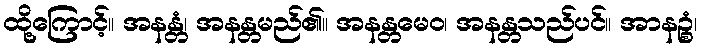
ထို့ကြောင့်။ အနန္တံ၊ အနန္တမည်၏။ အနန္တမေဝ၊ အနန္တသည်ပင်။ အာနဉ္စံ၊